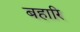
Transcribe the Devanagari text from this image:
बहारि